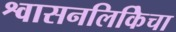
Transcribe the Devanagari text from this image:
श्वासनलिकिेचा